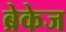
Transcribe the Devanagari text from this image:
ब्रेकेज